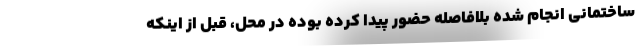
ساختمانی انجام شده بلافاصله حضور پیدا کرده بوده در محل، قبل از اینکه